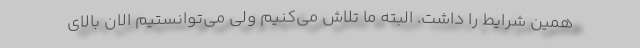
همین شرایط را داشت. البته ما تلاش می‌کنیم ولی می‌توانستیم الان بالای